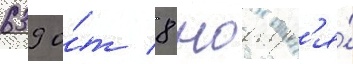
639 о́т 8 ноабр'я́